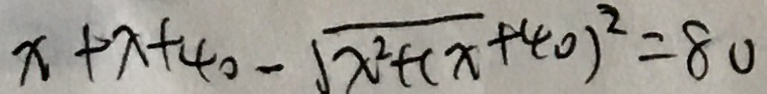
x + x + 4 0 - \sqrt { x ^ { 2 } + ( x + 4 0 ) ^ { 2 } } = 8 0